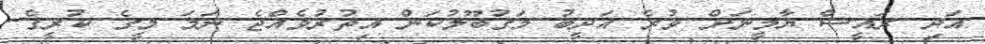
އަދި ރައީސް ޔާމީނަށް ވުރެ އަދީބު މަގުބޫލުކަން އިތުރުވެއްޖެ ނަމަ މީގެ ކުރީގެ